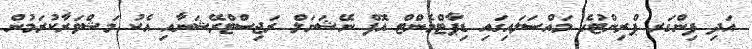
އަދި ފިންގަރ ޕްރިންޓުގެ މައްސަލައިގައި ޑިޕާޓްމެންޓް އޮފް ނޭޝަނަލް ރަޖިސްޓްރޭޝަނާއި އެކު މަޝްވަރާކުރަމުން